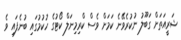
ޝަރީއަތަށް ގަބޫލު ނުކުރެވޭނެ ކަމަށް ވެސް ކްރިމިނަލް ކޯޓުގެ ހުކުމުގައި ބުނެފައި ވެ